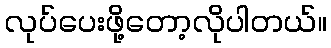
လုပ်ပေးဖို့တော့လိုပါတယ်။